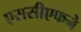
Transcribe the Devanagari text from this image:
एससीएफने